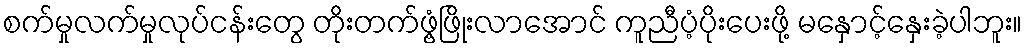
စက်မှုလက်မှုလုပ်ငန်းတွေ တိုးတက်ဖွံ့ဖြိုးလာအောင် ကူညီပံ့ပိုးပေးဖို့ မနှောင့်နှေးခဲ့ပါဘူး။